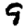
Digit: 9